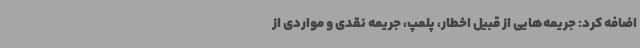
اضافه کرد: جریمه‌هایی از قبیل اخطار، پلمپ، جریمه نقدی و مواردی از